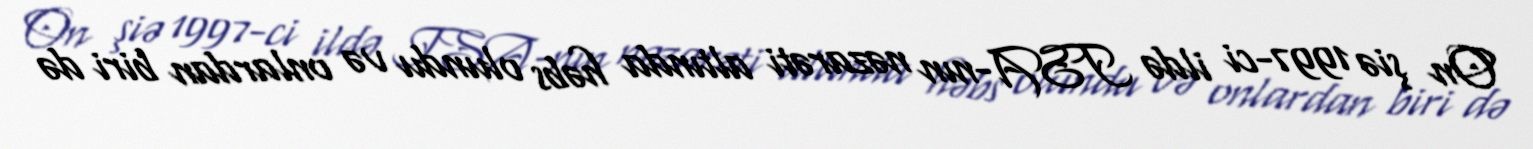
On şiə 1997-ci ildə ISA-nın nəzarəti altında həbs olundu və onlardan biri də